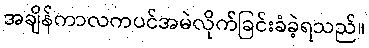
အချိန်ကာလကပင်အမဲလိုက်ခြင်းခံခဲ့ရသည်။